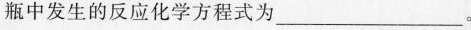
瓶中发生的反应化学方程式为___。